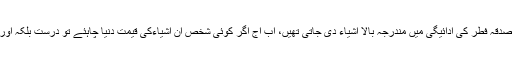
عہدرسالت میں صدقہ فطر کی ادائیگی میں مندرجہ بالا اشیاء دی جاتی تھیں، اب آج اگر کوئی شخص اْن اشیاءکی قیمت دنیا چاہئے تو درست بلکہ اور زیادہ بہتر ہے۔